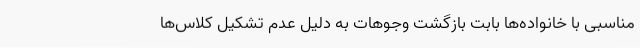
مناسبی با خانواده‌ها بابت بازگشت وجوهات به دلیل عدم تشکیل کلاس‌ها